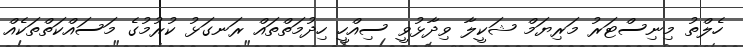
ހެލްތު މިނިސްޓަރު މަރިޔަމް ޝަކީލާ ވިދާޅުވީ ސިއްހީ ހިދުމަތްތައް ރަނގަޅު ކުރުމުގެ މަސައްކަތްތަކެއް